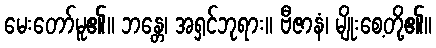
မေးတော်မူ၏။ ဘန္တေ၊ အရှင်ဘုရား။ ဗီဇာနံ၊ မျိုးစေ့တို့၏။